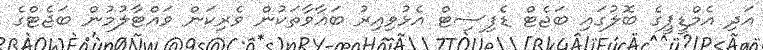
އަދި އެމްޑީޕީގެ ބޮލުގައި ބަޖެޓް ޑެފިސިޓް އެޅުވިއިރު ބަޣާވާތަކުން ވެރިކަން ވައްޓާލުމުން ބަޖެޓްގެ